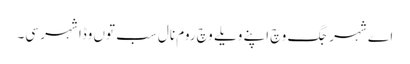
اے شہر جگ وچ اپنے ویلے وچ روم نال سب توں وڈا شہر سی۔